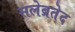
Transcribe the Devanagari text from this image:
सलेब्रतेद